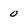
Character: 0